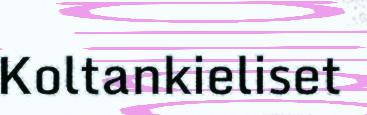
Koltankieliset